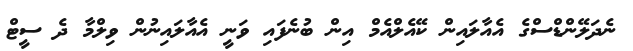
ނެދަލޭންޑްސްގެ އެއާލައިން ކޭއެލްއެމް އިން ބުނެފައި ވަނީ އެއާލައިނުން ވިލްމާ ދެ ސީޓް